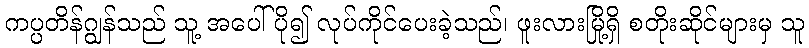
ကပ္ပတိန်ဂျွန်သည် သူ့ အပေါ်ပို၍ လုပ်ကိုင်ပေးခဲ့သည်၊ ဖူးလားမြို့ရှိ စတိုးဆိုင်များမှ သူ